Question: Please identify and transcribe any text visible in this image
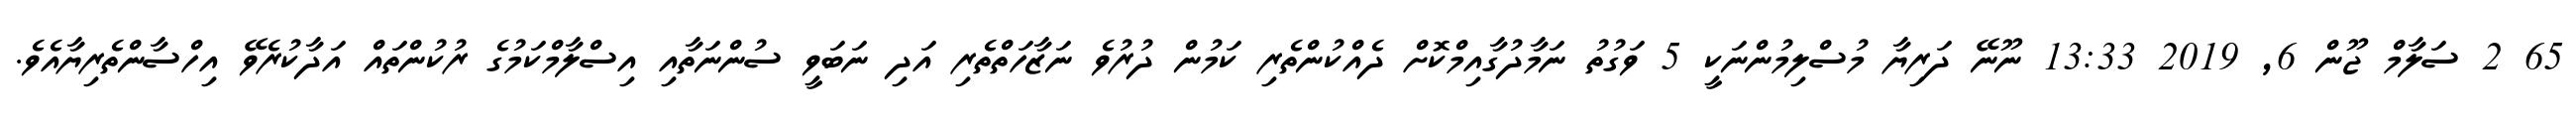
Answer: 65 2 ސަލާމް ޖޫން 6, 2019 13:33 ނޫނޭ ދަރިޔާ މުސްލިމުންނަކީ 5 ވަގުތު ނަމާދުގާއިމްކޮށް ދެއްކުންތެރި ކަމުން ދުރުވެ ނަޒާހަތްތެރި އަދި ނަބަވީ ސުންނަތާއި އިސްލާމްކަމުގެ ރުކުންތައް އަދާކުރެވޭ އިހްސާންތެރިޔާއެވެ.